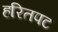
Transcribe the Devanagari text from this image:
हरितपट